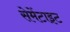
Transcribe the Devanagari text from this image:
सेमेंटाइट